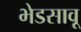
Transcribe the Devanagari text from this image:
भेडसावू